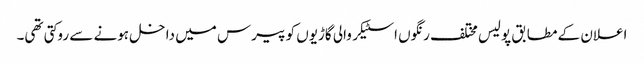
اعلان کے مطابق پولیس مختلف رنگوں اسٹیکر والی گاڑیوں کو پیرس میں داخل ہونے سے روکتی تھی۔